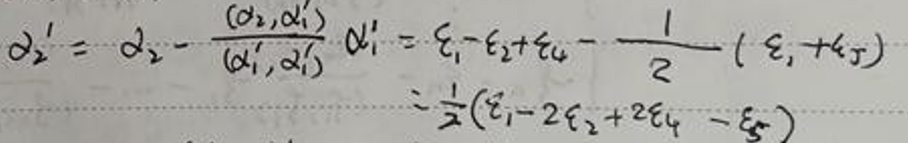
\[
\alpha_{2}'=\alpha_{2}-\frac{(\alpha_{2},\alpha_{1}')}{(\alpha_{1}',\alpha_{1}')}\alpha_{1}'=\xi_{1}-\xi_{2}+\xi_{4}-\frac{1}{2}(\xi_{1}+\xi_{5})=\frac{1}{2}(\xi_{1}-2\xi_{2}+2\xi_{4}-\xi_{5})
\]